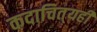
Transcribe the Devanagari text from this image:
कदाचित्‌यही